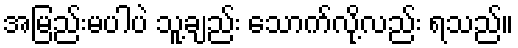
အမြည်းမပါပဲ သူ့ချည်း သောက်လို့လည်း ရသည်။